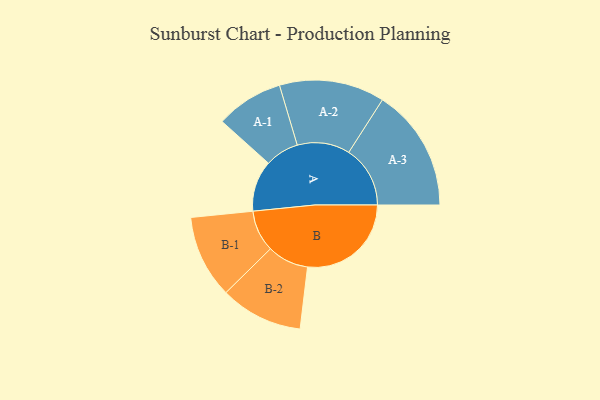
{"axis": {"x": "Segment", "y": "Value"}, "legend": ["", "A", "B"], "data": [{"x": "A", "y": 216, "type": ""}, {"x": "B", "y": 439, "type": ""}, {"x": "A-1", "y": 143, "type": "A"}, {"x": "A-2", "y": 223, "type": "A"}, {"x": "A-3", "y": 260, "type": "A"}, {"x": "B-1", "y": 176, "type": "B"}, {"x": "B-2", "y": 175, "type": "B"}]}